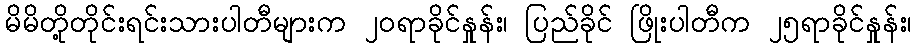
မိမိတို့တိုင်းရင်းသားပါတီများက ၂၀ရာခိုင်နှုန်း၊ ပြည်ခိုင် ဖြိုးပါတီက ၂၅ရာခိုင်နှုန်း၊